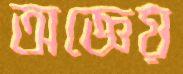
অজ্ঞেয়